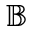
\mathbb { B }